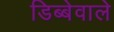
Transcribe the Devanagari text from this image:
डिब्बेवाले